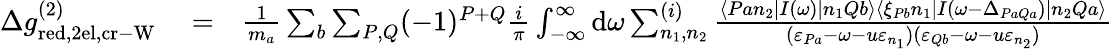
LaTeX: \begin{array}{rlr}{\Delta g_{\mathrm{red,2el,cr-W}}^{(2)}}&{{}=}&{\frac{1}{m_{a}}\sum_{b}\sum_{P,Q}(-1)^{P+Q}\frac{i}{\pi}\int_{-\infty}^{\infty}\mathrm{d}\omega\sum_{n_{1},n_{2}}^{(i)}\frac{\langle Pan_{2}|I(\omega)|n_{1}Qb\rangle\langle\xi_{Pb}n_{1}|I(\omega-\Delta_{PaQa})|n_{2}Qa\rangle}{(\varepsilon_{Pa}-\omega-u\varepsilon_{n_{1}})(\varepsilon_{Qb}-\omega-u\varepsilon_{n_{2}})}}\end{array}